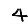
Digit: 4